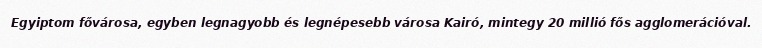
Egyiptom fővárosa, egyben legnagyobb és legnépesebb városa Kairó, mintegy 20 millió fős agglomerációval.